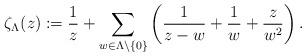
LaTeX: \begin{align*}\zeta_\Lambda(z):=\frac{1}{z}+\sum_{w\in \Lambda\setminus \{0\}}\left( \frac{1}{z-w}+\frac{1}{w}+\frac{z}{w^2}\right).\end{align*}